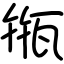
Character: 甁